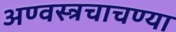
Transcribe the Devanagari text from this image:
अण्वस्त्रचाचण्या